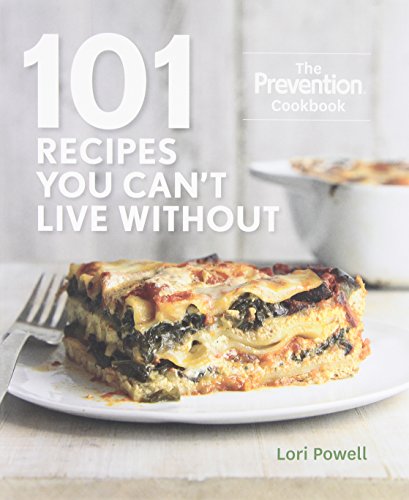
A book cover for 101 Recipes You Can't Live Without: The Prevention Cookbook; Lori Powell; Health, Fitness & Dieting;